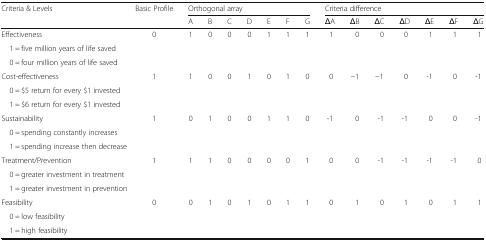
<table><thead><tr><td rowspan="2"><b>Criteria &amp; Levels</b></td><td rowspan="2"><b>Basic Profile</b></td><td colspan="7"><b>Orthogonal array</b></td><td colspan="7"><b>Criteria difference</b></td></tr><tr><td><b>A</b></td><td><b>B</b></td><td><b>C</b></td><td><b>D</b></td><td><b>E</b></td><td><b>F</b></td><td><b>G</b></td><td><b>ΔA</b></td><td><b>ΔB</b></td><td><b>ΔC</b></td><td><b>ΔD</b></td><td><b>ΔE</b></td><td><b>ΔF</b></td><td><b>ΔG</b></td></tr></thead><tbody><tr><td>Effectiveness</td><td>0</td><td>1</td><td>0</td><td>0</td><td>0</td><td>1</td><td>1</td><td>1</td><td>1</td><td>0</td><td>0</td><td>0</td><td>1</td><td>1</td><td>1</td></tr><tr><td> 1 = five million years of life saved</td><td></td><td></td><td></td><td></td><td></td><td></td><td></td><td></td><td></td><td></td><td></td><td></td><td></td><td></td><td></td></tr><tr><td> 0 = four million years of life saved</td><td></td><td></td><td></td><td></td><td></td><td></td><td></td><td></td><td></td><td></td><td></td><td></td><td></td><td></td><td></td></tr><tr><td>Cost-effectiveness</td><td>1</td><td>1</td><td>0</td><td>0</td><td>1</td><td>0</td><td>1</td><td>0</td><td>0</td><td>−1</td><td>−1</td><td>0</td><td>-1</td><td>0</td><td>-1</td></tr><tr><td> 0 = $5 return for every $1 invested</td><td></td><td></td><td></td><td></td><td></td><td></td><td></td><td></td><td></td><td></td><td></td><td></td><td></td><td></td><td></td></tr><tr><td> 1 = $6 return for every $1 invested</td><td></td><td></td><td></td><td></td><td></td><td></td><td></td><td></td><td></td><td></td><td></td><td></td><td></td><td></td><td></td></tr><tr><td>Sustainability</td><td>1</td><td>0</td><td>1</td><td>0</td><td>0</td><td>1</td><td>1</td><td>0</td><td>-1</td><td>0</td><td>-1</td><td>-1</td><td>0</td><td>0</td><td>-1</td></tr><tr><td colspan="2"> 0 = spending constantly increases</td><td></td><td></td><td></td><td></td><td></td><td></td><td></td><td></td><td></td><td></td><td></td><td></td><td></td><td></td></tr><tr><td colspan="2"> 1 = spending increase then decrease</td><td></td><td></td><td></td><td></td><td></td><td></td><td></td><td></td><td></td><td></td><td></td><td></td><td></td><td></td></tr><tr><td>Treatment/Prevention</td><td>1</td><td>1</td><td>1</td><td>0</td><td>0</td><td>0</td><td>0</td><td>1</td><td>0</td><td>0</td><td>-1</td><td>-1</td><td>-1</td><td>-1</td><td>0</td></tr><tr><td colspan="2"> 0 = greater investment in treatment</td><td></td><td></td><td></td><td></td><td></td><td></td><td></td><td></td><td></td><td></td><td></td><td></td><td></td><td></td></tr><tr><td colspan="2"> 1 = greater investment in prevention</td><td></td><td></td><td></td><td></td><td></td><td></td><td></td><td></td><td></td><td></td><td></td><td></td><td></td><td></td></tr><tr><td>Feasibility</td><td>0</td><td>0</td><td>1</td><td>0</td><td>1</td><td>0</td><td>1</td><td>1</td><td>0</td><td>1</td><td>0</td><td>1</td><td>0</td><td>1</td><td>1</td></tr><tr><td> 0 = low feasibility</td><td></td><td></td><td></td><td></td><td></td><td></td><td></td><td></td><td></td><td></td><td></td><td></td><td></td><td></td><td></td></tr><tr><td> 1 = high feasibility</td><td></td><td></td><td></td><td></td><td></td><td></td><td></td><td></td><td></td><td></td><td></td><td></td><td></td><td></td><td></td></tr></tbody></table>